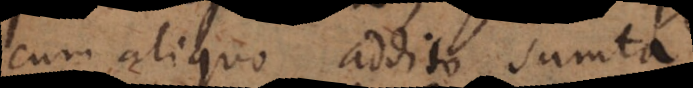
cum aliquo addito sumta.